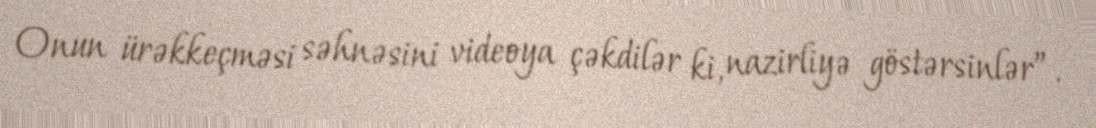
Onun ürəkkeçməsi səhnəsini videoya çəkdilər ki, nazirliyə göstərsinlər”.